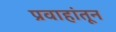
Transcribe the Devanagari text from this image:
प्रवाहांतून